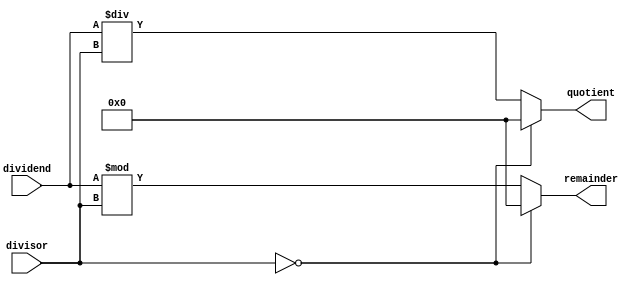
module Divider (
    input [31:0] dividend,
    input [31:0] divisor,
    output reg [31:0] quotient,
    output reg [31:0] remainder
);

always @ (dividend, divisor)
begin
    if (divisor == 0) begin
        // Handle division by zero error
        quotient <= 32'h00000000;
        remainder <= 32'h00000000;
    end
    else begin
        quotient <= dividend / divisor;
        remainder <= dividend % divisor;
    end
end

endmodule